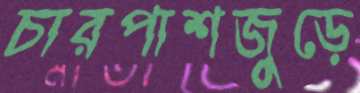
চারপাশজুড়ে